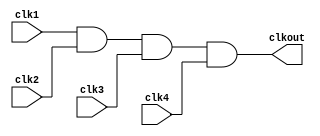
// This program was cloned from: https://github.com/chipsalliance/aib-phy-hardware
// License: Apache License 2.0

// SPDX-License-Identifier: Apache-2.0
// Copyright (C) 2022 HCL Technologies Ltd.
// Copyright (C) 2022 Blue Cheetah Analog Design, Inc.

module clk_and4_cel(
output clkout, // AND output
input  clk1,   // clock 1
input  clk2,  // clock 2
input  clk3,  // clock 3
input  clk4  // clock 3
);

assign clkout = clk1 & clk2 & clk3 & clk4;

endmodule // clk_and4_cel